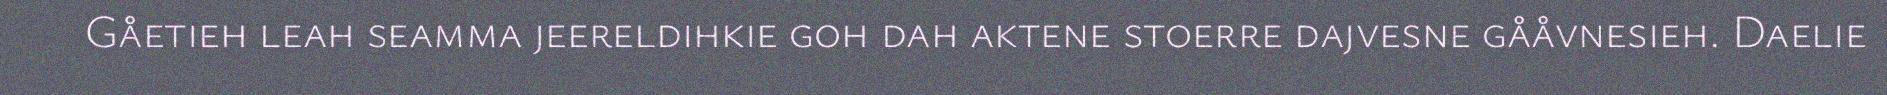
Gåetieh leah seamma jeereldihkie goh dah aktene stoerre dajvesne gååvnesieh. Daelie